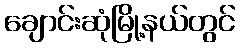
ချောင်းဆုံမြို့နယ်တွင်